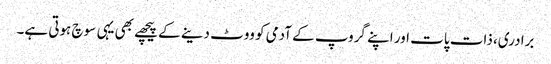
برادری، ذات پات اور اپنے گروپ کے آدمی کو ووٹ دینے کے پیچھے بھی یہی سوچ ہوتی ہے۔